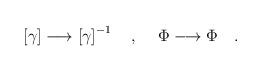
LaTeX: \begin{align*}\left[ \gamma \right] \longrightarrow \left[ \gamma \right]^{-1} ~~~, \hspace{.2in}\Phi \longrightarrow \Phi ~~~. \end{align*}